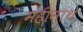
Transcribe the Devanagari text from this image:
महीनाथ